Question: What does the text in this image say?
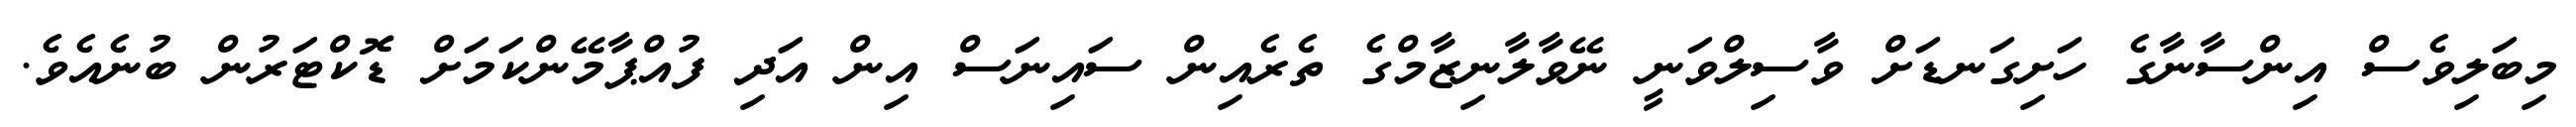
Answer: މިބަލިވެސް އިންސާނާގެ ހަށިގަނޑަށް ވާސިލްވަނީ ނޭވާލާނިޒާމްގެ ތެރެއިން ސައިނަސް އިން އަދި ފުއްޕާމޭންކަމަށް ޑޮކްޓަރުން ބުނެއެވެ.